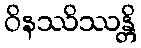
ဝိနဿိဿန္တိ